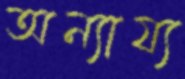
অন্যায্য